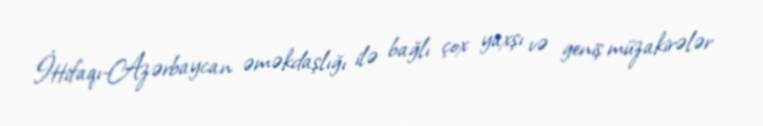
İttifaqı-Azərbaycan əməkdaşlığı ilə bağlı çox yaxşı və geniş müzakirələr